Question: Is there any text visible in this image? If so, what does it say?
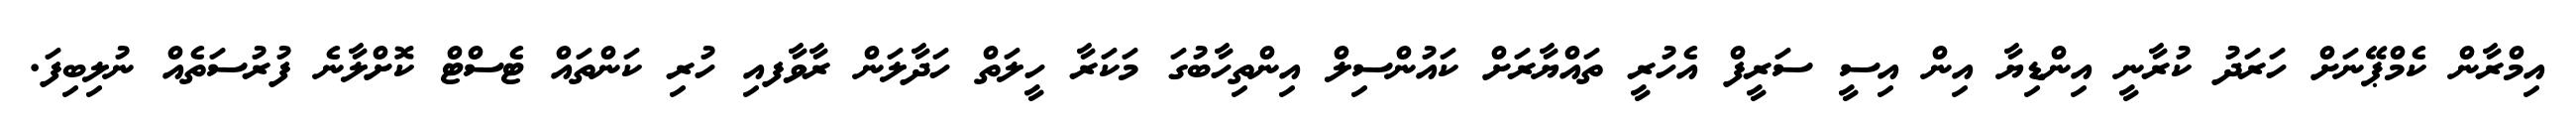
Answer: އިމްރާން ކެމްޕޭނަށް ހަރަދު ކުރާނީ އިންޑިޔާ އިން އިސީ ސަރީފް އެހުރީ ތައްޔާރަށް ކައުންސިލް އިންތިހާބުގަ މަކަރާ ހީލަތް ހަދާލަން ރާވާފއި ހުރި ކަންތައް ޓެސްޓް ކޮށްލާނެ ފުރުސަތެއް ނުލިބިފަ.